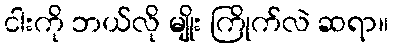
ငါးကို ဘယ်လို မျိုး ကြိုက်လဲ ဆရာ။